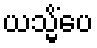
ယသ္မိံပေ